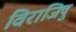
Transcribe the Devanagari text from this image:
विराजिषु